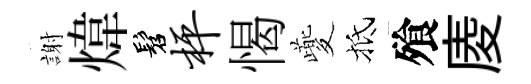
謝煒髫枰愒夔抵飱庱